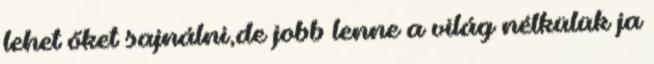
lehet őket sajnálni,de jobb lenne a világ nélkülük ja